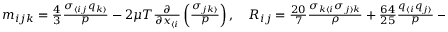
\begin{array} { r } { m _ { i j k } = \frac { 4 } { 3 } \frac { \sigma _ { \langle i j } q _ { k \rangle } } { p } - 2 \mu T \frac { \partial } { \partial x _ { \langle i } } \left( \frac { \sigma _ { j k \rangle } } { p } \right) , \quad R _ { i j } = \frac { 2 0 } { 7 } \frac { \sigma _ { k \langle i } \sigma _ { j \rangle k } } { \rho } + \frac { 6 4 } { 2 5 } \frac { q _ { \langle i } q _ { j \rangle } } { p } - \frac { 2 4 } { 5 } \mu T \frac { \partial } { \partial x _ { \langle i } } \left( \frac { q _ { j \rangle } } { p } \right) , } \end{array}